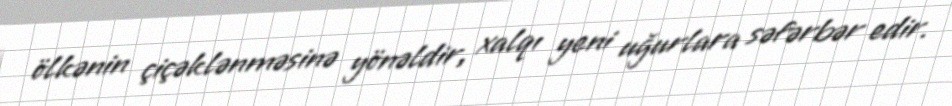
ölkənin çiçəklənməsinə yönəldir, xalqı yeni uğurlara səfərbər edir.